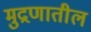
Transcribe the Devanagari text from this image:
मुद्रणातील